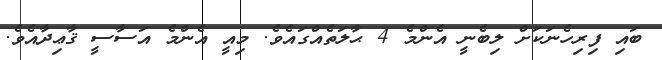
ބައި ފިރިހެނަކަށް ލިބެނީ އެންމެ 4 ޙާލަތެއްގައެވެ. މިއީ އެންމެ އަސާސީ ޤާޢިދާއެވެ.